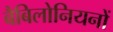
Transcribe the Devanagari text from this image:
बैबिलोनियनों